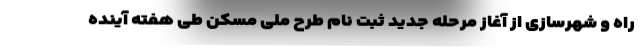
راه و شهرسازی از آغاز مرحله جدید ثبت نام طرح ملی مسکن طی هفته آینده